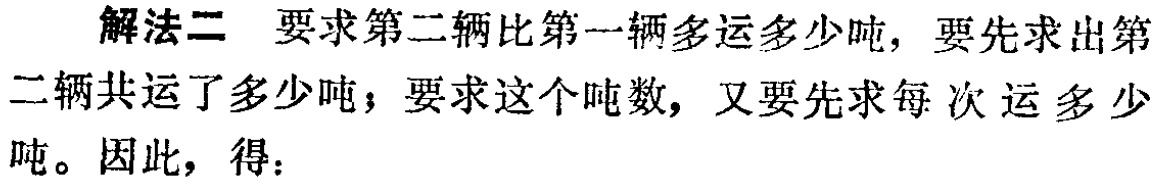
解法二 要求第二辆比第一辆多运多少吨，要先求出第二辆共运了多少吨；要求这个吨数，又要先求每次运多少吨。因此，得：